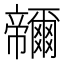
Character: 𭘽